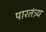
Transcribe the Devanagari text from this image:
पारतंत्र्य